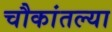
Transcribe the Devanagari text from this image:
चौकांतल्या